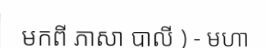
មកពី ភាសា បាលី ) - មហា